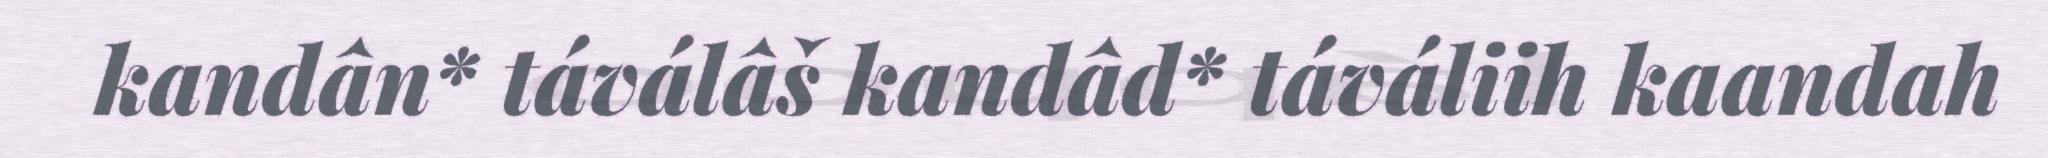
kandân* táválâš kandâd* táváliih kaandah